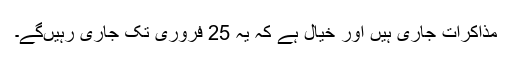
مذاکرات جاری ہیں اور خیال ہے کہ یہ 25 فروری تک جاری رہیںگے۔